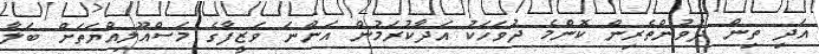
އަދި ތިން ދުވުންތެރިން ކޮންމެ ދުވަހަކު އަދާކުރަމުން އަންނަ ވަޒީފާގެ މަސްއޫލިއްޔަތަށް ބަލާ